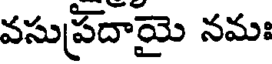
వసుప్రదాయై నమః